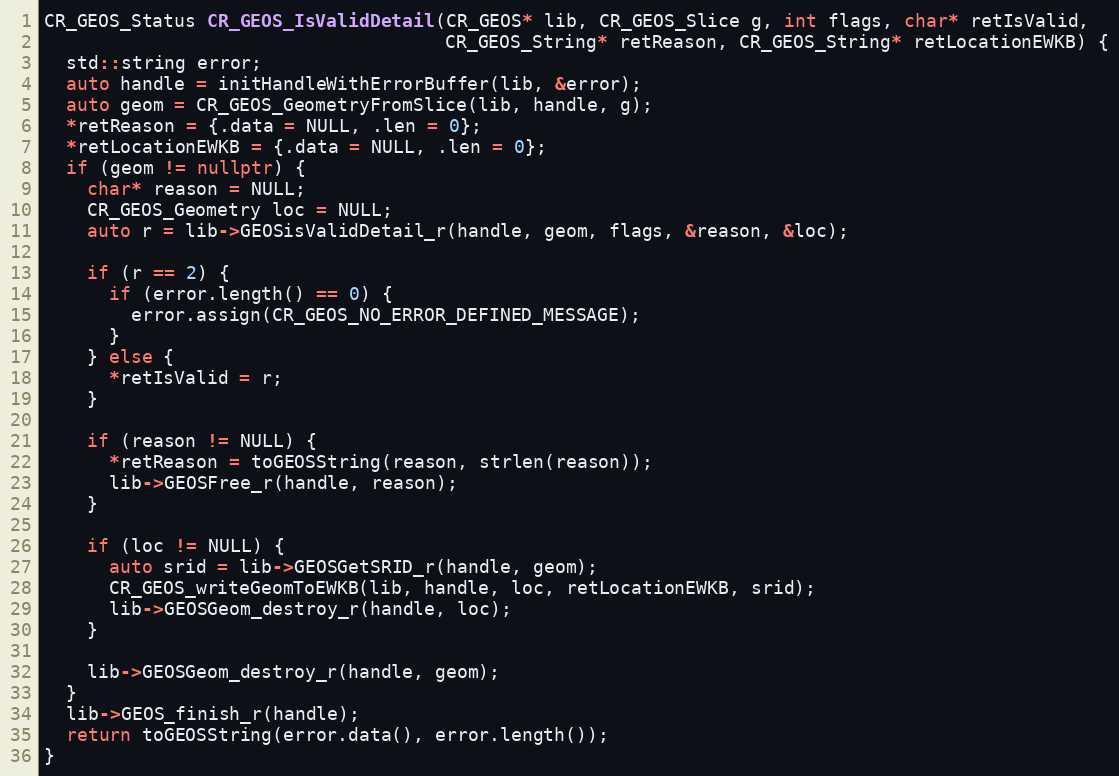
Language: C++
CR_GEOS_Status CR_GEOS_IsValidDetail(CR_GEOS* lib, CR_GEOS_Slice g, int flags, char* retIsValid,
                                     CR_GEOS_String* retReason, CR_GEOS_String* retLocationEWKB) {
  std::string error;
  auto handle = initHandleWithErrorBuffer(lib, &error);
  auto geom = CR_GEOS_GeometryFromSlice(lib, handle, g);
  *retReason = {.data = NULL, .len = 0};
  *retLocationEWKB = {.data = NULL, .len = 0};
  if (geom != nullptr) {
    char* reason = NULL;
    CR_GEOS_Geometry loc = NULL;
    auto r = lib->GEOSisValidDetail_r(handle, geom, flags, &reason, &loc);

    if (r == 2) {
      if (error.length() == 0) {
        error.assign(CR_GEOS_NO_ERROR_DEFINED_MESSAGE);
      }
    } else {
      *retIsValid = r;
    }

    if (reason != NULL) {
      *retReason = toGEOSString(reason, strlen(reason));
      lib->GEOSFree_r(handle, reason);
    }

    if (loc != NULL) {
      auto srid = lib->GEOSGetSRID_r(handle, geom);
      CR_GEOS_writeGeomToEWKB(lib, handle, loc, retLocationEWKB, srid);
      lib->GEOSGeom_destroy_r(handle, loc);
    }

    lib->GEOSGeom_destroy_r(handle, geom);
  }
  lib->GEOS_finish_r(handle);
  return toGEOSString(error.data(), error.length());
}